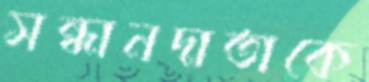
সন্ধানদাতাকে